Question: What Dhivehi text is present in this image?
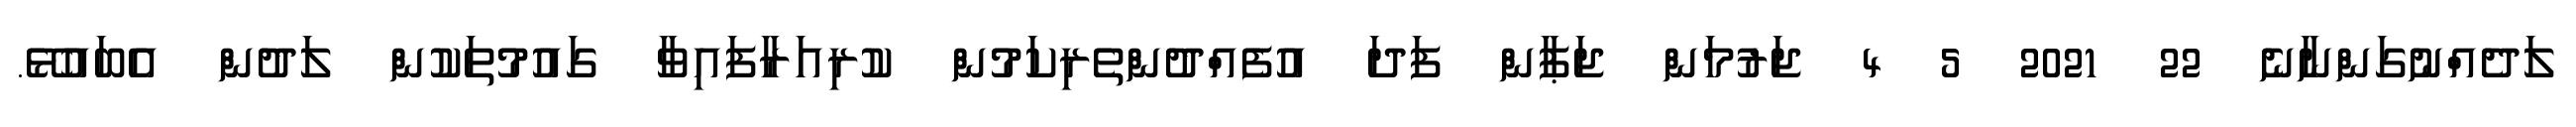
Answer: ލަދެއްނުގަންނާނެ 22 2021 5 4 ޖަރުމަން ޖަޕާން ފަދަ އުފެއްދުންތެރިކަމުން ކުރިއަރާފައިވާ ގައުމުތަކުން ލަދުން އެބައުޅޭ.